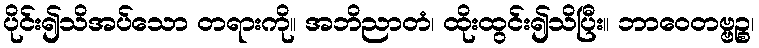
ပိုင်း၍သိအပ်သော တရားကို။ အဘိညာတံ၊ ထိုးထွင်း၍သိပြီး။ ဘာဝေတဗ္ဗဉ္စ၊